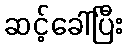
ဆင့်ခေါ်ပြီး